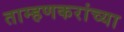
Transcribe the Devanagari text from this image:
ताम्हणकरांच्या